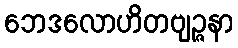
ဘေဒလောဟိတဗျဉ္ဇနာ